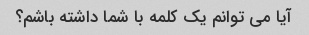
آیا می توانم یک کلمه با شما داشته باشم؟